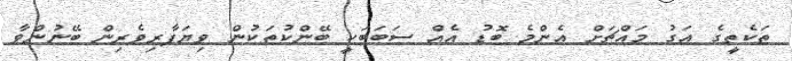
ތަކެތީގެ އަގު މައްޗަށް އެންމެ ބޮޑު އެއް ސަބަބަކީ ބޭންކުތަކުން ވިޔަފާރިވެރިން ބޭނުންވާ